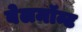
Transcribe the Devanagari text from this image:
बेलमॉन्ट